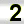
Digit: 2